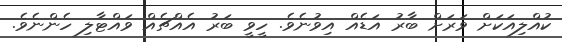
ކުއްލިއަކަށް ވަރަށް ބާރު އަޑެއް އިވުނެވެ. ހީވީ ބަރު އެއްޗެއް ވައްޓާލި ހެންނެވެ.